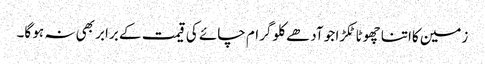
زمین کااتنا چھوٹا ٹکڑا جو آدھے کلو گرام چائے کی قیمت کے برابر بھی نہ ہو گا۔